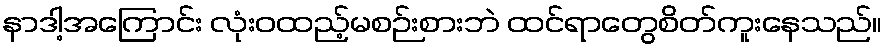
နာဒါ့အကြောင်း လုံးဝထည့်မစဉ်းစားဘဲ ထင်ရာတွေစိတ်ကူးနေသည်။